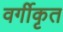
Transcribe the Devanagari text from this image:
वर्गीकृत